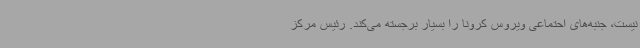
نیست، جنبه‌های احتماعی ویروس کرونا را بسیار برجسته می‌کند. رئیس مرکز